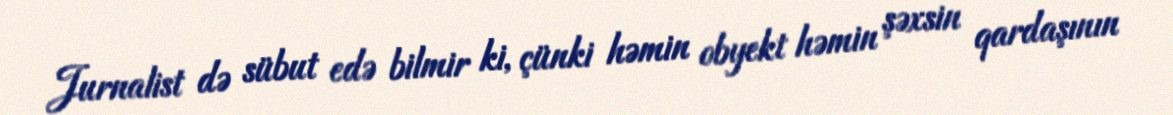
Jurnalist də sübut edə bilmir ki, çünki həmin obyekt həmin şəxsin qardaşının